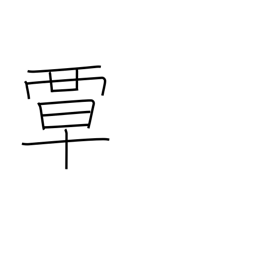
Meaning: extend